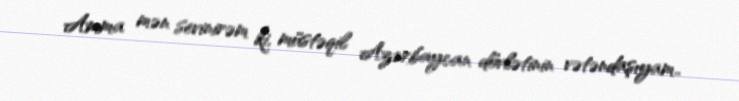
Amma mən sevinirəm ki, müstəqil Azərbaycan dövlətinin vətəndaşıyam..